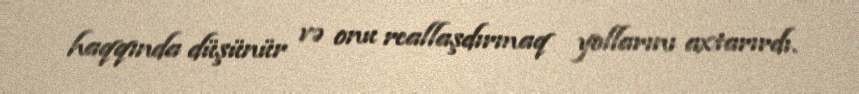
haqqında düşünür və onu reallaşdırmaq yollarını axtarırdı.